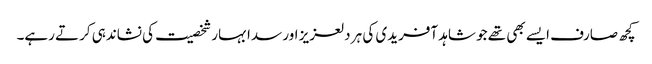
کچھ صارف ایسے بھی تھے جو شاہد آفریدی کی ہر دلعزیز اور سدا بہار شخصیت کی نشاندہی کرتے رہے۔